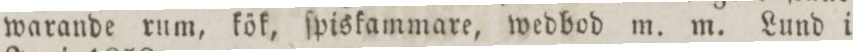
warande rum, kök, ſpiskammare, wedbod m. m. Lund i